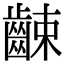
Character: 𪘜